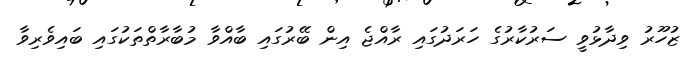
ޒުހޫރު ވިދާޅުވީ ސަރުކާރުގެ ހަރަދުގައި ރާއްޖެ އިން ބޭރުގައި ބާއްވާ މުބާރާތްތަކުގައި ބައިވެރިވާ